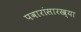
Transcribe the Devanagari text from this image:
पवारांसारख्या